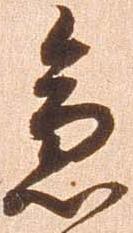
急